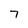
Character: 7